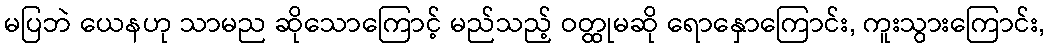
မပြဘဲ ယေနဟု သာမည ဆိုသောကြောင့် မည်သည့် ဝတ္ထုမဆို ရောနှောကြောင်း, ကူးသွားကြောင်း,